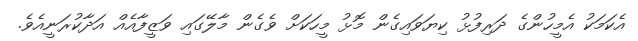
އެކަމަކު އެމީހުންގެ ދަރިފުޅު ކިޔަވައިގެން މޮޅު މީހަކަށް ވެގެން މާލޭގައި ވަޒީފާއެއް އަދާކުރަނީއެވެ.